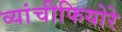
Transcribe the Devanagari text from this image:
व्यांचीफियोरे